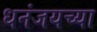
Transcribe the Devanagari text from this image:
धनंजयच्या